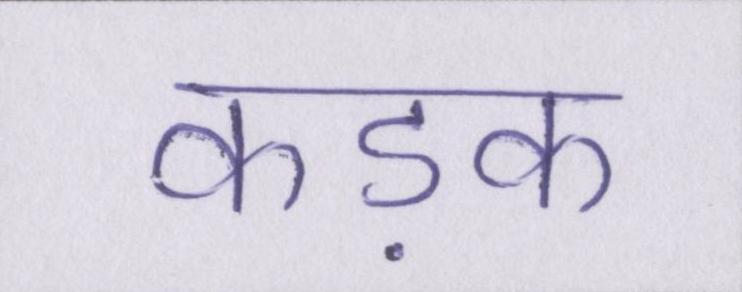
कड़क